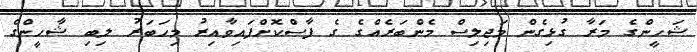
ޝަހީންގެ މަރާ ގުޅިގެން މަޖިލިސް މެންބަރެއްގެ ގެ ފާސްކޮށްފައިވާއިރު މިހަބަރު ލިބި ޝާހީންގެ